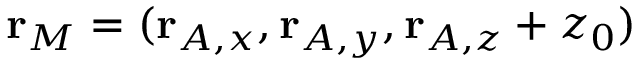
\mathbf { r } _ { M } = ( \mathbf { r } _ { A , x } , \mathbf { r } _ { A , y } , \mathbf { r } _ { A , z } + z _ { 0 } )